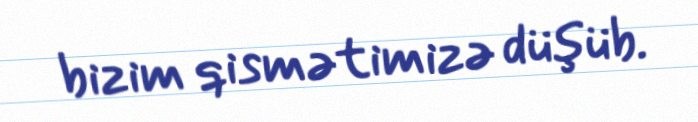
bizim qismətimizə düşüb.